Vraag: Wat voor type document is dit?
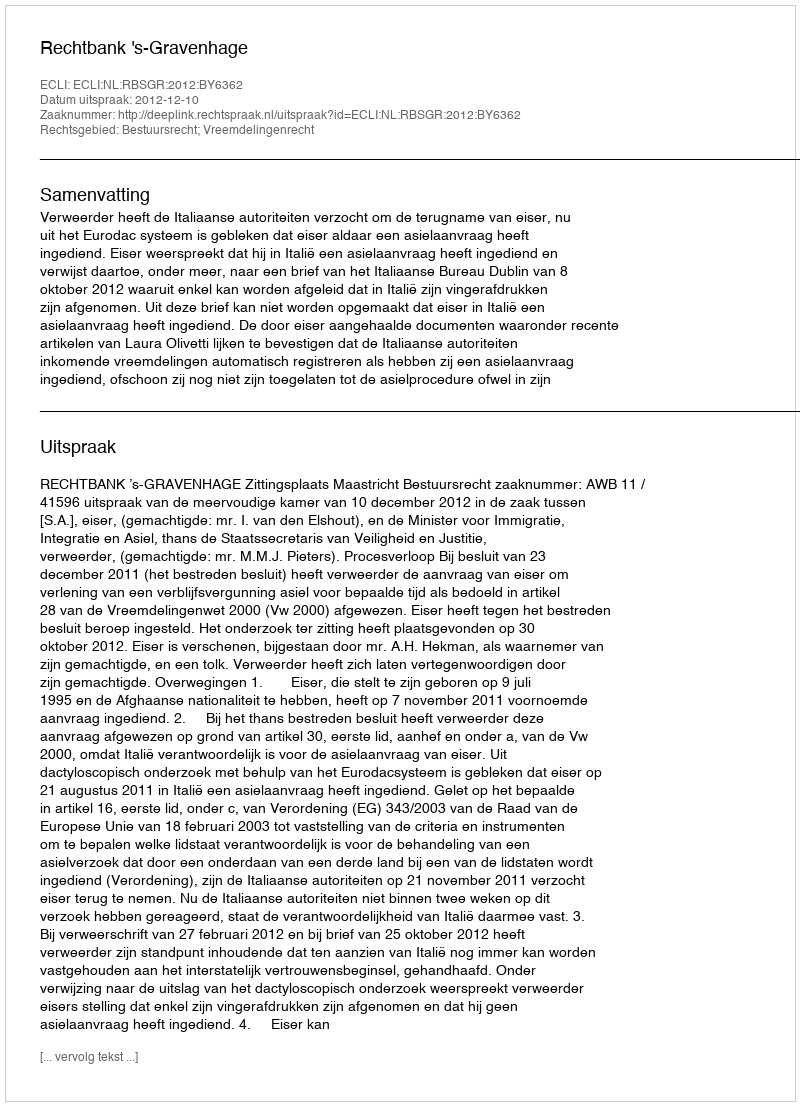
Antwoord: Uitspraak